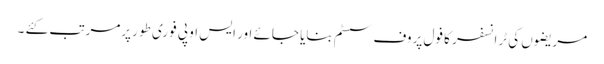
مریضوں کی ٹرانسفر کا فول پروف سسٹم بنایا جائے اور ایس او پی فوری طو رپرمرتب کئے ۔